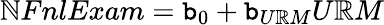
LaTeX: \mathbb{N}FnlExam=\mathtt{b}_{0}+\mathtt{b}_{U\mathbb{R}M}U\mathbb{R}M